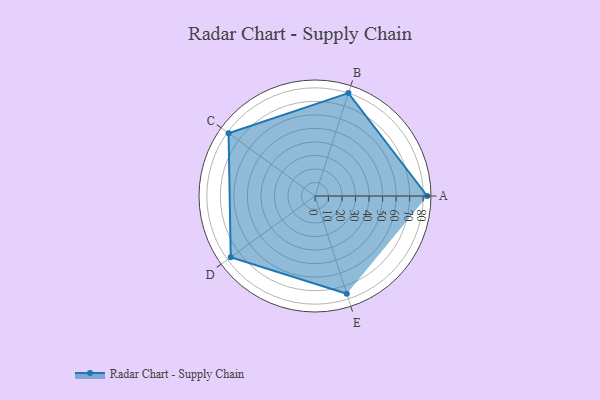
{"axis": {"x": "Skill", "y": "Score"}, "legend": ["Profile"], "data": [{"x": "A", "y": 83.0, "type": "Profile"}, {"x": "B", "y": 80.0, "type": "Profile"}, {"x": "C", "y": 79.0, "type": "Profile"}, {"x": "D", "y": 77.0, "type": "Profile"}, {"x": "E", "y": 76.0, "type": "Profile"}]}